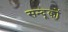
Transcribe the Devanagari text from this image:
सन्दूकों